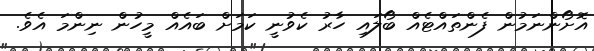
އޮށޯންނަމުން ފެންތައްޓެއް ބޯލައި ހާރު ކެވުނީ ކަމަށް ބައެއް މީހުން ނިންމަ އެވެ.